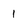
Character: 1